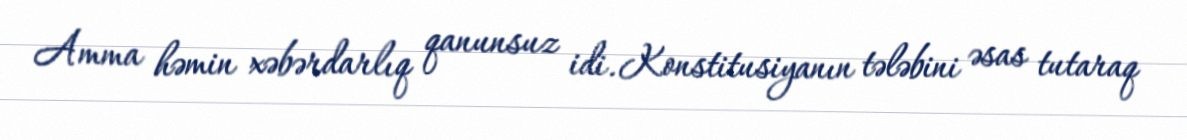
Amma həmin xəbərdarlıq qanunsuz idi. Konstitusiyanın tələbini əsas tutaraq